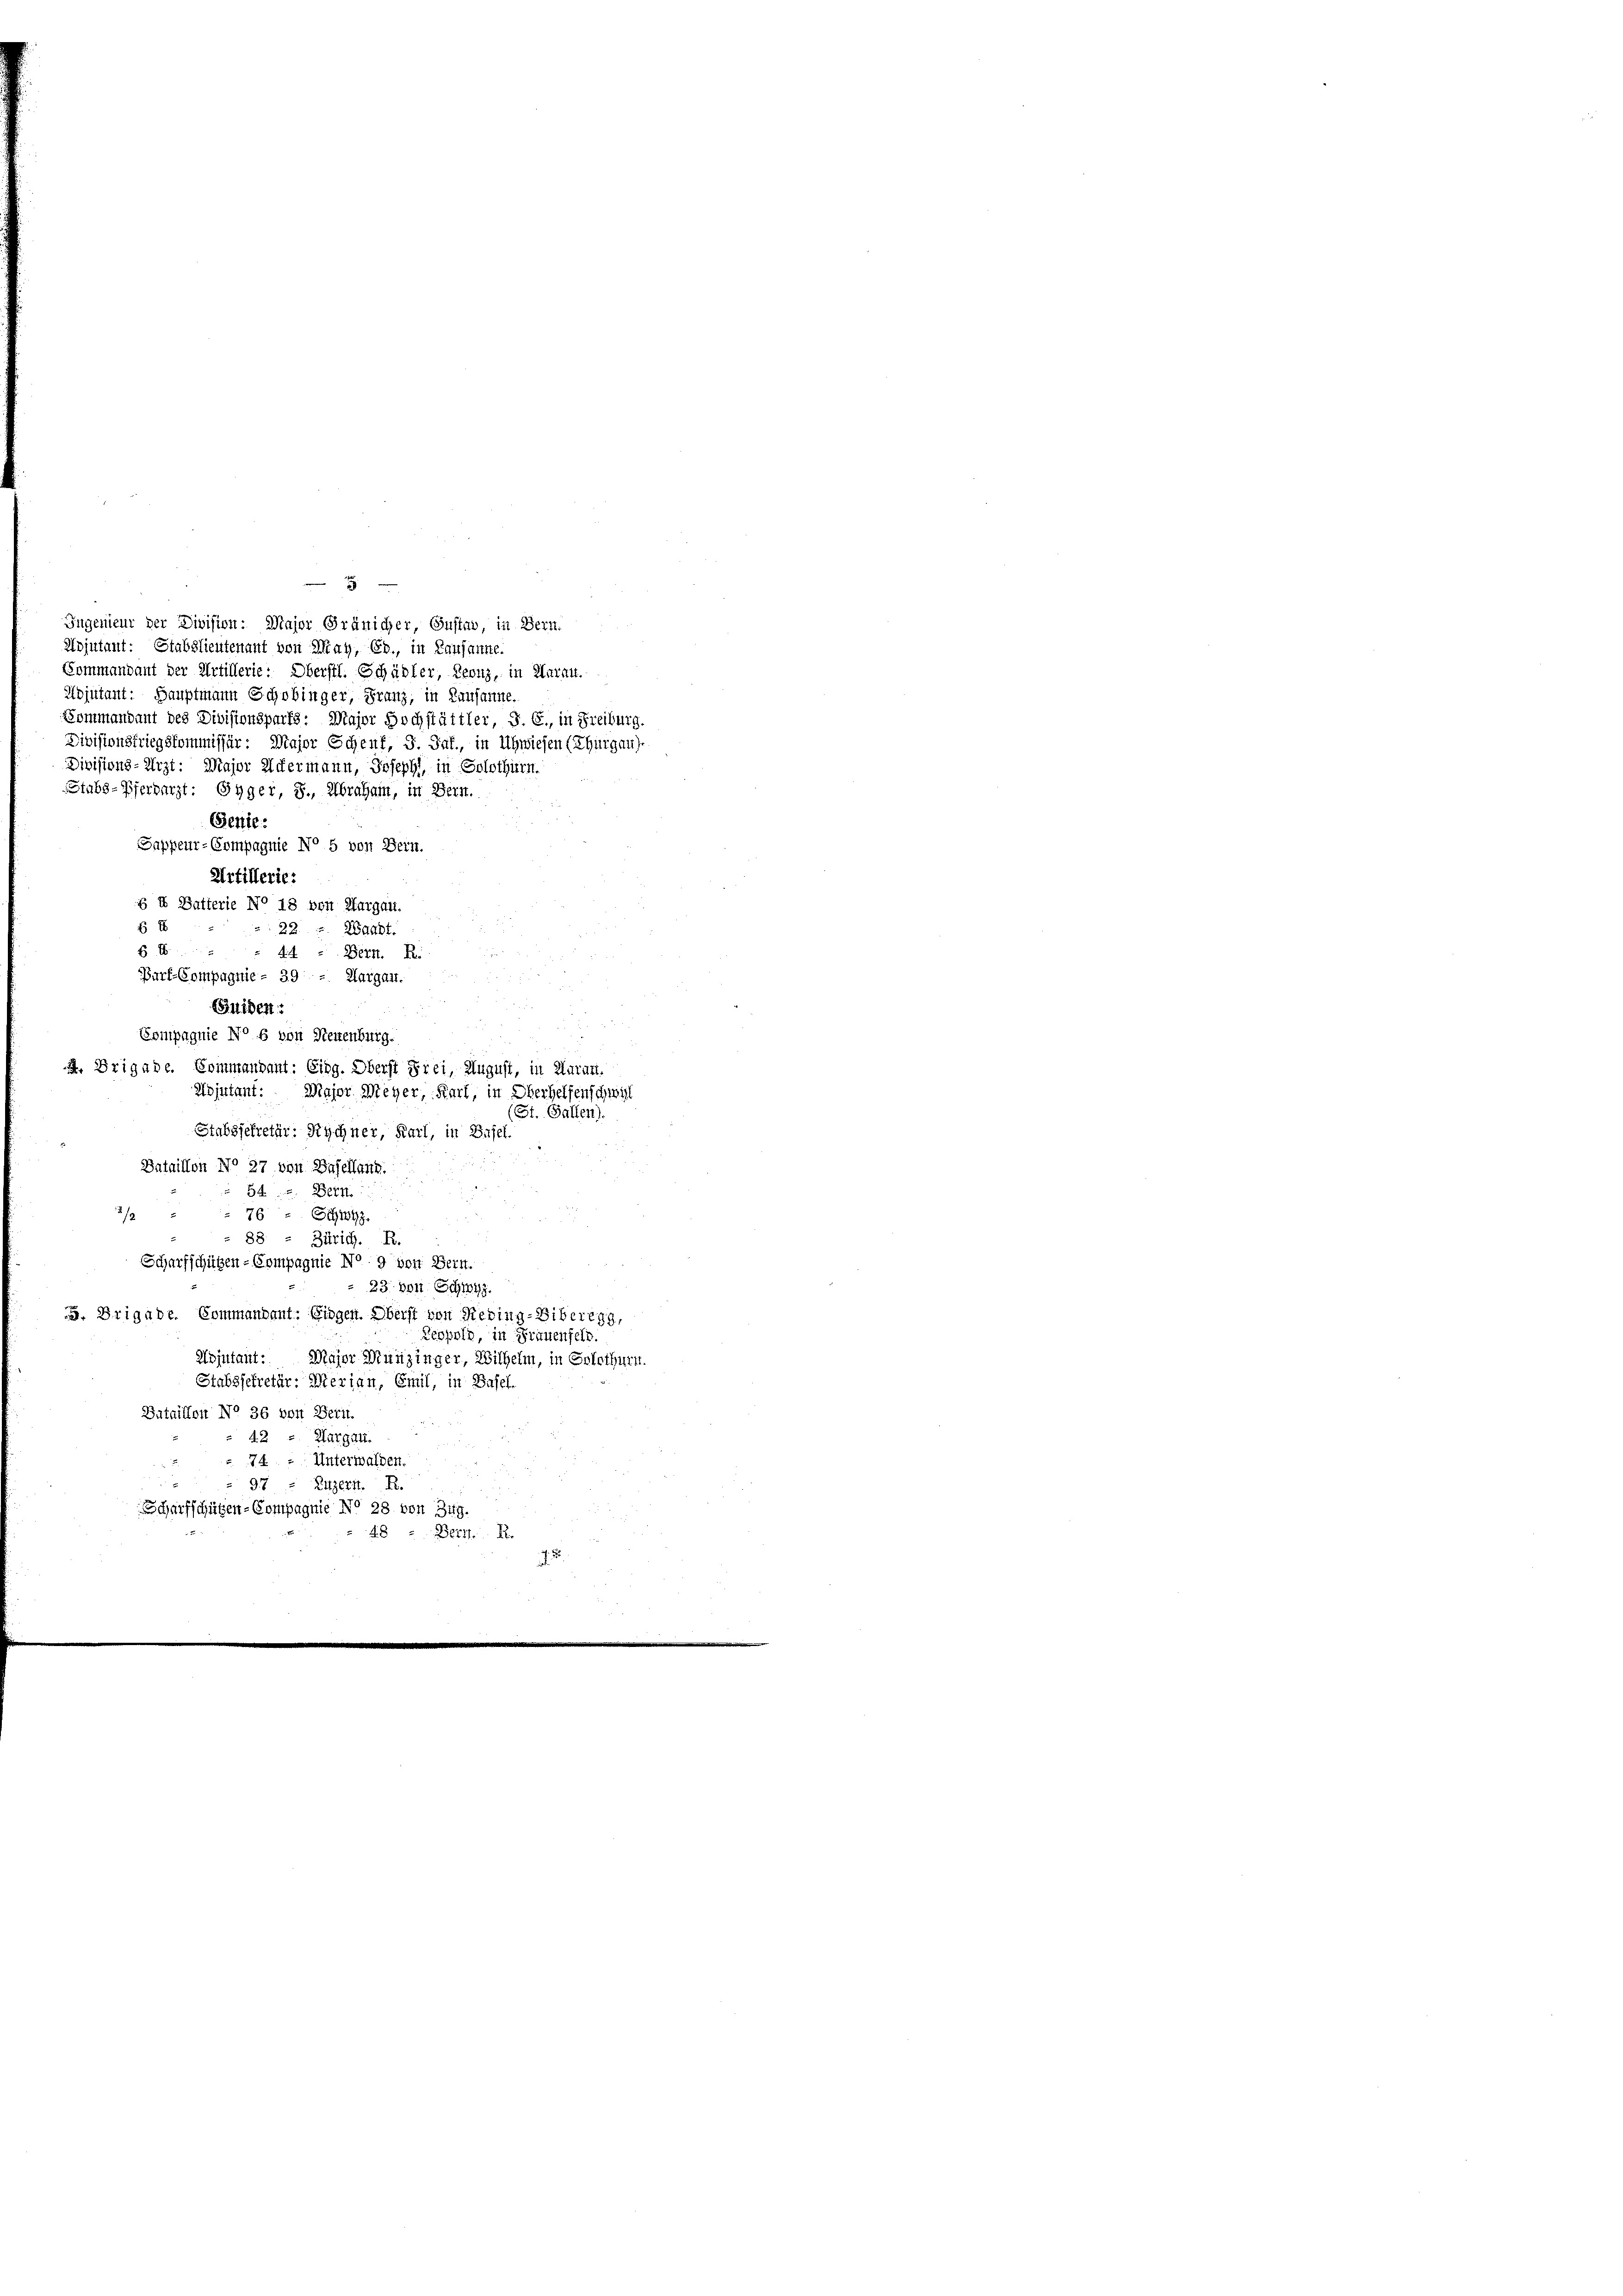
Ingenieur der Division: Major Gränicher, Gustad, in Bern.
Adjutant: Stabslieutenant von May, Eb., in Lausanne.
Commandant der Artillerie: Oberstl. Schädler, Leonz, in Aarau.
Adjutant: Hauptmann Schobinger, Franz, in Lausanne.
Sommandant des Divisionsparts: Major Hochstättler, S. G., in Freiburg.
Divisionsfriegskommissur: Major Schenf, G. Saf., in Uhwiesen (Thurgau).
Divisions-Arzt: Major Ackermann, Joseph in Solothurn.
Stabs-Pferbarzt: Gyger, S., Abraham, in Bern.
Benie:
Sappeur-Compagnie No 5 von Bern.
Artillerie:
 X Batterie No 18 von Aargau.
6 E
22. v. Waadt.
88
it
Bern. R.
Barf-Compagnie - 39 - Margau.
n
Gliden:
Compagnie No 5 von Neuenburg.
A. Brigade. Sommandant: Eidg. Oberst Frei, August, in Kurant.
Hojutant: Major Meyer, Karl, in Oberhelfenschwel
(St. Gallen).
Stabsjekretär: Rechner, Karl, in Basel.
Iataillon No 27. von Basellang.
54. Bern
2/2
76 Schwyz.
 2
 88. - Zürich. R.
Scharfschützen-Compagnie No. 9 von Bern.
23. von Schwyz.
 Brigade. Commandant: Eidgen. Oberst von Rebing-Siberegg,
Teopold, in Frauenfeld.
Adjutant:
Major Munzinger, Wilhelm, in Solothurn.
Stabssekretär: Merian, Emil, in Basel.
Bataillon No 36 von Bett.
42 - Horgen.
.
74 - Unterwalden.
97 " Zuzern. R.
Scharfschützen-Compagnie No 28. von Zug.
48 " Betr. R.